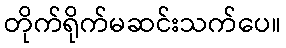
တိုက်ရိုက်မဆင်းသက်ပေ။